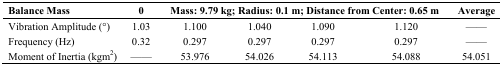
<table><thead><tr><td><b>Balance Mass</b></td><td><b>0</b></td><td colspan="4"><b>Mass: 9.79 kg; Radius: 0.1 m; Distance from Center: 0.65 m</b></td><td><b>Average</b></td></tr></thead><tbody><tr><td>Vibration Amplitude (°)</td><td>1.03</td><td>1.100</td><td>1.040</td><td>1.090</td><td>1.120</td><td>——</td></tr><tr><td>Frequency (Hz)</td><td>0.32</td><td>0.297</td><td>0.297</td><td>0.297</td><td>0.297</td><td>——</td></tr><tr><td>Moment of Inertia (kgm<sup>2</sup>)</td><td>——</td><td>53.976</td><td>54.026</td><td>54.113</td><td>54.088</td><td>54.051</td></tr></tbody></table>